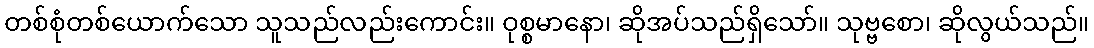
တစ်စုံတစ်ယောက်သော သူသည်လည်းကောင်း။ ဝုစ္စမာနော၊ ဆိုအပ်သည်ရှိသော်။ သုဗ္ဗစော၊ ဆိုလွယ်သည်။